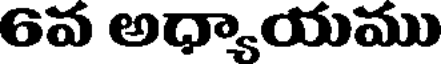
6వ అధ్యాయము